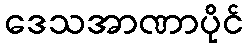
ဒေသအာဏာပိုင်